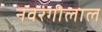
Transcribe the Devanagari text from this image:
नवरंगीलाल